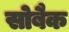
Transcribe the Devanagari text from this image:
सोबैक